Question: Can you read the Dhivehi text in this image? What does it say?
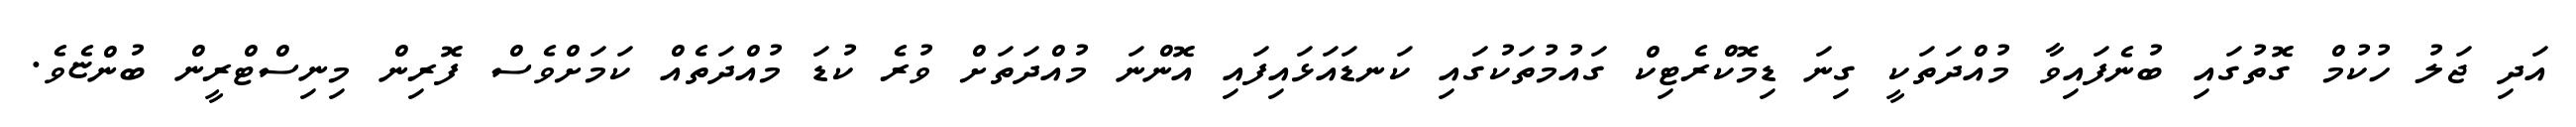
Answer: އަދި ޖަލު ހުކުމް ގޮތުގައި ބުނެފައިވާ މުއްދަތަކީ ގިނަ ޑިމޮކްރެޓިކް ގައުމުތަކުގައި ކަނޑައަޅައިފައި އޮންނަ މުއްދަތަށް ވުރެ ކުޑަ މުއްދަތެއް ކަމަށްވެސް ފޮރިން މިނިސްޓްރީން ބުންޏެވެ.